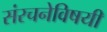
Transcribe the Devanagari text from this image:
संरचनेविषयी